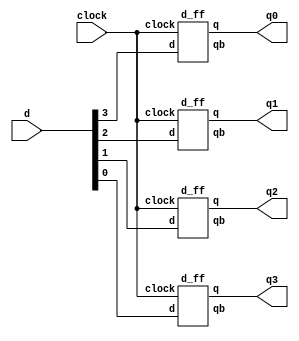
module buffer(d,clock,q0,q1,q2,q3);
input [0:3]d;
input clock;
output  wire q0,q1,q2,q3;
wire qb0,qb1,qb2,qb3;
d_ff df0(d[0],clock,q0,qb0);
d_ff df1(d[1],clock,q1,qb1);
d_ff df2(d[2],clock,q2,qb2);
d_ff df3(d[3],clock,q3,qb3);
endmodule

module d_ff(d,clock,q,qb);
input d,clock;
output reg q;
output qb;

always@(posedge clock)
begin
q <= d;
end
assign qb = ~q;
endmodule